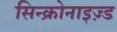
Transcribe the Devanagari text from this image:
सिन्क्रोनाइज़्ड